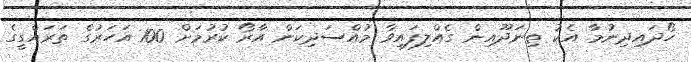
ހޯދައިދިނުމާ އެކު ތިނަދޫއިން ގެއްލިފައިވާ މުއްސަދިކަން އާރޯ ކުރުމަށް 100 އަހަރުގެ ތަރައްގީގެ